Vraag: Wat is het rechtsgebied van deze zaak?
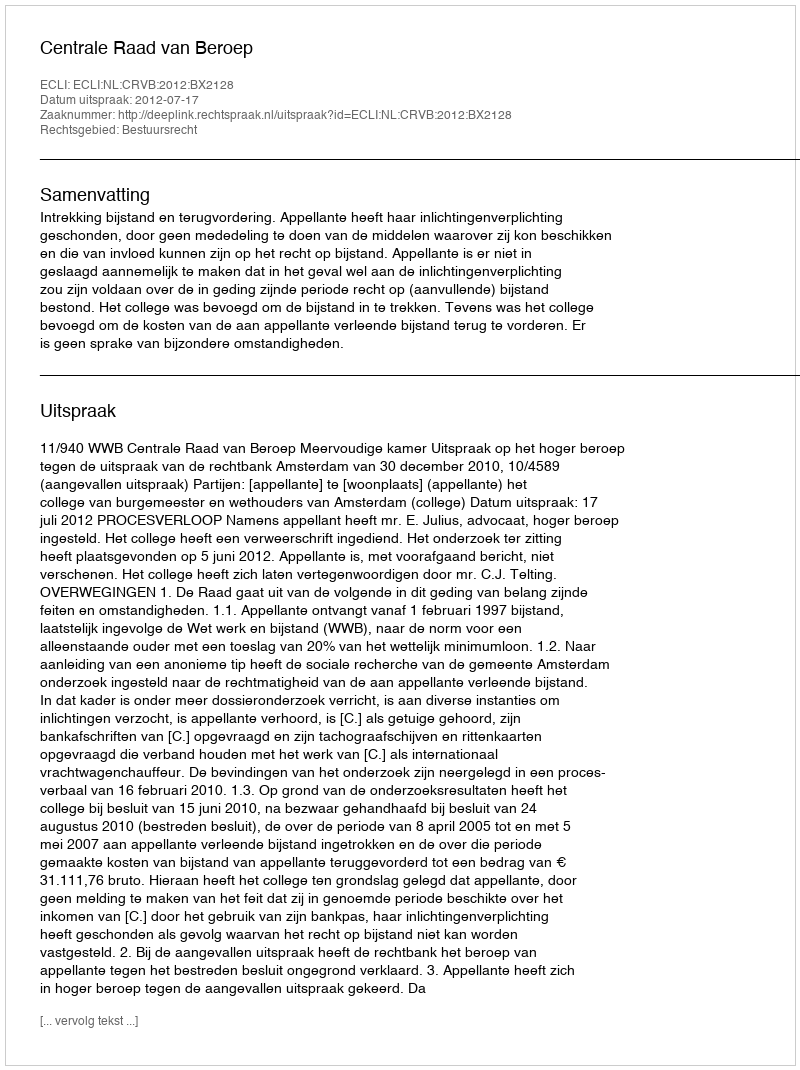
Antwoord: Bestuursrecht